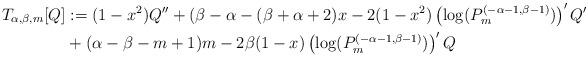
LaTeX: \begin{align*}T_{\alpha,\beta,m}[Q] &:=(1-x^2)Q''+(\beta-\alpha-(\beta+\alpha+2)x-2(1-x^2)\left(\log(P_m^{(-\alpha-1,\beta-1)})\right)'Q' \\&+(\alpha-\beta-m+1)m-2\beta(1-x)\left(\log(P_m^{(-\alpha-1,\beta-1)})\right)'Q\end{align*}